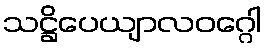
သဋ္ဌိပေယျာလဝဂ္ဂေါ